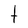
Character: t